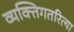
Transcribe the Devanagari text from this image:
व्यक्तिगतरित्या